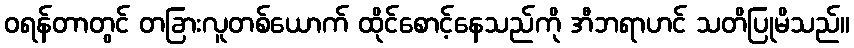
ဝရန်တာတွင် တခြားလူတစ်ယောက် ထိုင်စောင့်နေသည်ကို အီဘရာဟင် သတိပြုမိသည်။